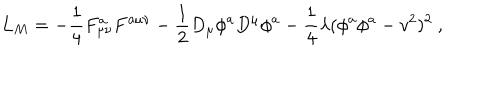
LaTeX: L _ { M } = - \frac { 1 } { 4 } F _ { \mu \nu } ^ { a } F ^ { a \mu \nu } - \frac { 1 } { 2 } D _ { \mu } \phi ^ { a } D ^ { \mu } \phi ^ { a } - \frac { 1 } { 4 } \lambda ( \phi ^ { a } \phi ^ { a } - v ^ { 2 } ) ^ { 2 } \ ,